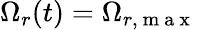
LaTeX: \Omega_{r}(t)=\Omega_{r,\mathrm{~m~a~x~}}